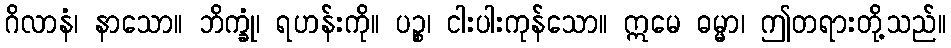
ဂိလာနံ၊ နာသော။ ဘိက္ခုံ၊ ရဟန်းကို။ ပဉ္စ၊ ငါးပါးကုန်သော။ ဣမေ ဓမ္မာ၊ ဤတရားတို့သည်။